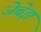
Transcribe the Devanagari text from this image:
जेबेझ